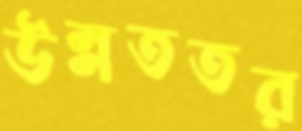
উন্নততর